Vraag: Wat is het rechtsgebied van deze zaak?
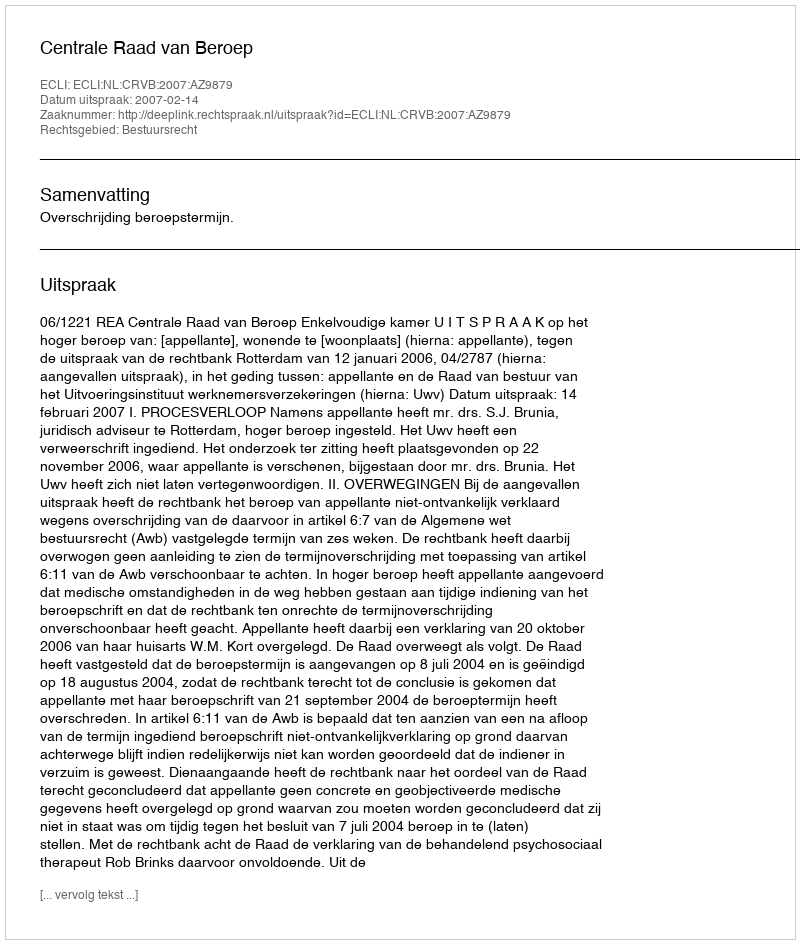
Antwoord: Bestuursrecht